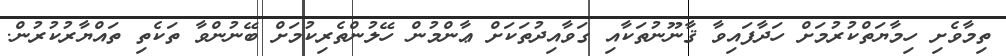
ތިމާވެށި ހިމާޔަތްކުރުމަށް ހަދާފައިވާ ޤާނޫނުތަކާއި ގަވާއިދުތަކަށް ޢާންމުން ހޭލުންތެރިކުމަށް ބޭނުންވާ ތަކެތި ތައްޔާރުކުރުން.